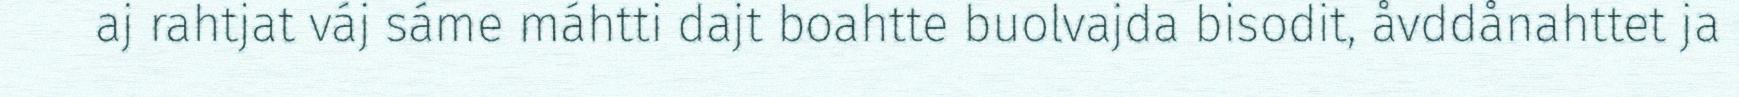
aj rahtjat váj sáme máhtti dajt boahtte buolvajda bisodit, åvddånahttet ja